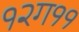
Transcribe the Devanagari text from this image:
१२ग११